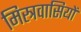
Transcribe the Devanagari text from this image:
मिस्त्रवासियों